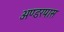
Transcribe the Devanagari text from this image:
अण्डरपास